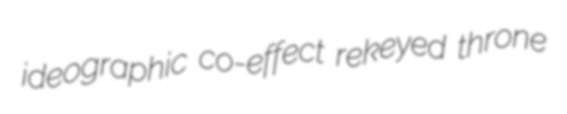
ideographic co-effect rekeyed throne